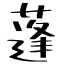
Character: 蓬